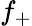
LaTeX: f_{+}